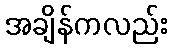
အချိန်ကလည်း